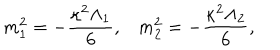
m _ { 1 } ^ { 2 } = - \frac { \kappa ^ { 2 } \Lambda _ { 1 } } { 6 } , m _ { 2 } ^ { 2 } = - \frac { \kappa ^ { 2 } \Lambda _ { 2 } } { 6 } ,